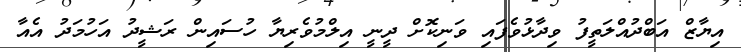
އިޔާޒް އަބްދުއްލަތީފު ވިދާޅުވެފައި ވަނިކޮށް ދީނީ އިލްމުވެރިޔާ ހުސައިން ރަޝީދު އަހުމަދު އެއާ